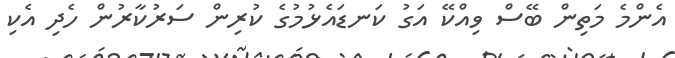
އެންމެ މަތިން ބޭސް ވިއްކޭ އަގު ކަނޑައެޅުމުގެ ކުރިން ސަރުކާރުން ހެދި އެކި